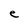
Character: e